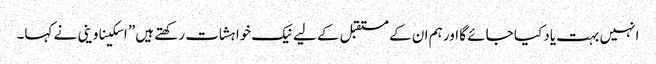
انہیں بہت یاد کیا جائے گا اور ہم ان کے مستقبل کے لیے نیک خواہشات رکھتے ہیں” اسکیناوینی نے کہا۔